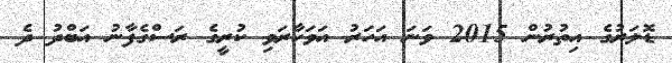
ޑޮލަރުގެ އިތުރުން 2015 ވަނަ އަހަރު އަވަހާރަވި ކުރީގެ ރަސްގެފާނު އަބްދު ދެ